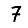
Digit: 7